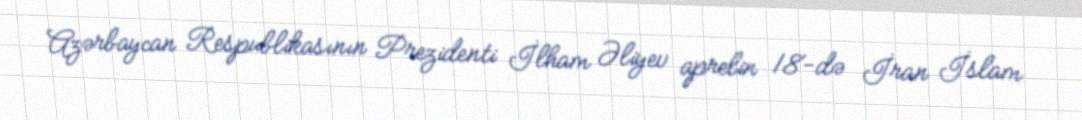
Azərbaycan Respublikasının Prezidenti İlham Əliyev aprelin 18-də İran İslam